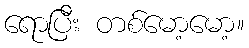
ရောပြီး တစ်မော့မော့။